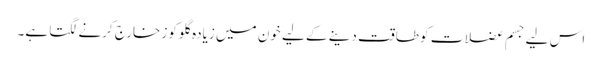
اس لیے جسم عضلات کو طاقت دینے کے لیے خون میں زیادہ گلوکوز خارج کرنے لگتا ہے۔